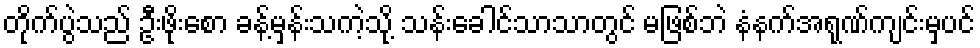
တိုက်ပွဲသည် ဦးဖိုးစော ခန့်မှန်းသကဲ့သို့ သန်းခေါင်သာသာတွင် မဖြစ်ဘဲ နံနက်အရုဏ်ကျင်းမှပင်